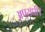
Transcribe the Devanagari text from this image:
अपराधी।